system: You are a helpful assistant.
user:
Analyze the provided spectrum to determine if it is a **M-type Giant (gM)**.

A M-type Giant spectrum is defined by its **strong molecular absorption** features, particularly from **Titanium Oxide (TiO)**. You must check for one of the following mutually exclusive signatures:

- **Key Visual Indicators (Absorption-Dominated Spectrum):**

    - **(Primary):** The spectrum is dominated by strong molecular absorption from **Titanium Oxide (TiO)**. This is the **defining feature** of its M-type temperature class.
        - **(Key Bandheads):** Look for sharp, "saw-tooth" absorption valleys. The strongest are located near **~7050 Å**, **~6160 Å**, and **~5170 Å**.
        - **(Line Profile):** The "saw-tooth" morphology is critical: a **sharp, steep drop on the BLUE (short-wavelength) side** of the bandhead, followed by a gradual recovery (rising flux) towards the RED (long-wavelength) side.

    - **(Key Confirmation - Giant vs. Dwarf):** **ABSENCE** of strong **Calcium Hydride (CaH)** molecular bands. This is the primary diagnostic for *excluding* M-dwarfs.
        - **(Key Region):** The spectrum should lack the strong, broad absorption band seen in dwarfs between **~6800 Å and ~7000 Å**.

    - **(Secondary Confirmation - Giant):** A very strong and broad **Neutral Calcium (Ca I)** atomic absorption line.
        - **(Key Line):** Located at **~4226 Å**. In a giant (gM), this line is significantly deeper and broader than the same line in an M-dwarf (dM) due to low surface gravity.

    - **(Overall Spectrum):**
        - The continuum is **extremely red-sloping** (i.e., flux is very low in the blue and rises dramatically towards the red).
        - The entire spectrum appears "chopped up" by the deep TiO bands.

Think first, call **spectral_visualization_tool** if needed to examine features in detail, then provide your final answer. Your response must adhere to the following strict rules:
1.  **Overall Structure:** Your response must follow the format `<think>...</think> <tool_call>...</tool_call> (if a tool is used) <answer>...</answer>`.
2.  **Tool Usage Constraint:** You may only make **one** tool call per turn.
3.  **Final Answer Format:** In the `<answer>` tag, your conclusion must be inside a `\boxed{}` command (e.g., `\boxed{YES}` or `\boxed{NO}`), followed by your justification.

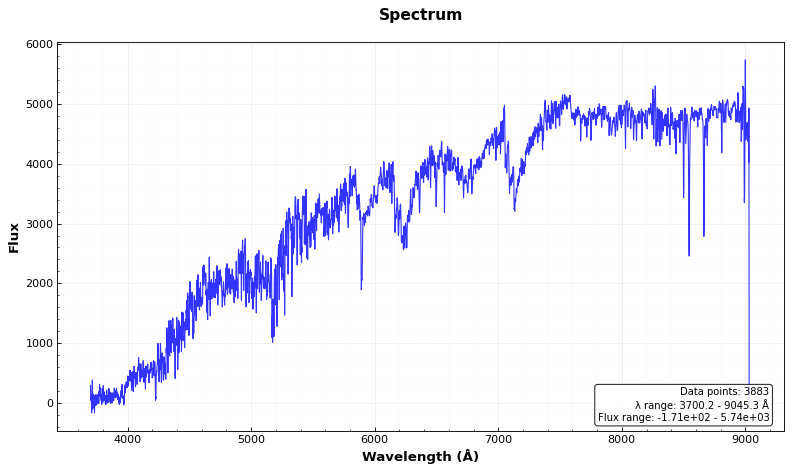
Answer: YES